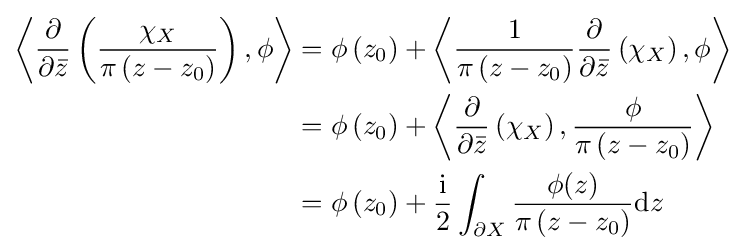
{\begin{aligned}\left\langle {\frac {\partial }{\partial {\bar {z}}}}\left({\frac {\chi _{X}}{\pi \left(z-z_{0}\right)}}\right),\phi \right\rangle &=\phi \left(z_{0}\right)+\left\langle {\frac {1}{\pi \left(z-z_{0}\right)}}{\frac {\partial }{\partial {\bar {z}}}}\left(\chi _{X}\right),\phi \right\rangle \\&=\phi \left(z_{0}\right)+\left\langle {\frac {\partial }{\partial {\bar {z}}}}\left(\chi _{X}\right),{\frac {\phi }{\pi \left(z-z_{0}\right)}}\right\rangle \\&=\phi \left(z_{0}\right)+{\frac {\mathrm {i} }{2}}\int _{\partial X}{\frac {\phi (z)}{\pi \left(z-z_{0}\right)}}\mathrm {d} z\end{aligned}}